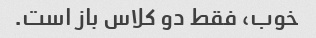
خوب، فقط دو کلاس باز است.